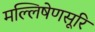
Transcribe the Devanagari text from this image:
मल्लिषेणसूरि